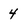
Character: 4